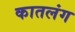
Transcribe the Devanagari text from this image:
कातलंग